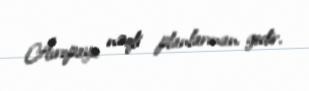
Avropaya nəqli planlarınan gedir.